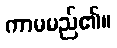
ကာမမည်၏။